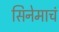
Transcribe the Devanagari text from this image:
सिनेमाचं